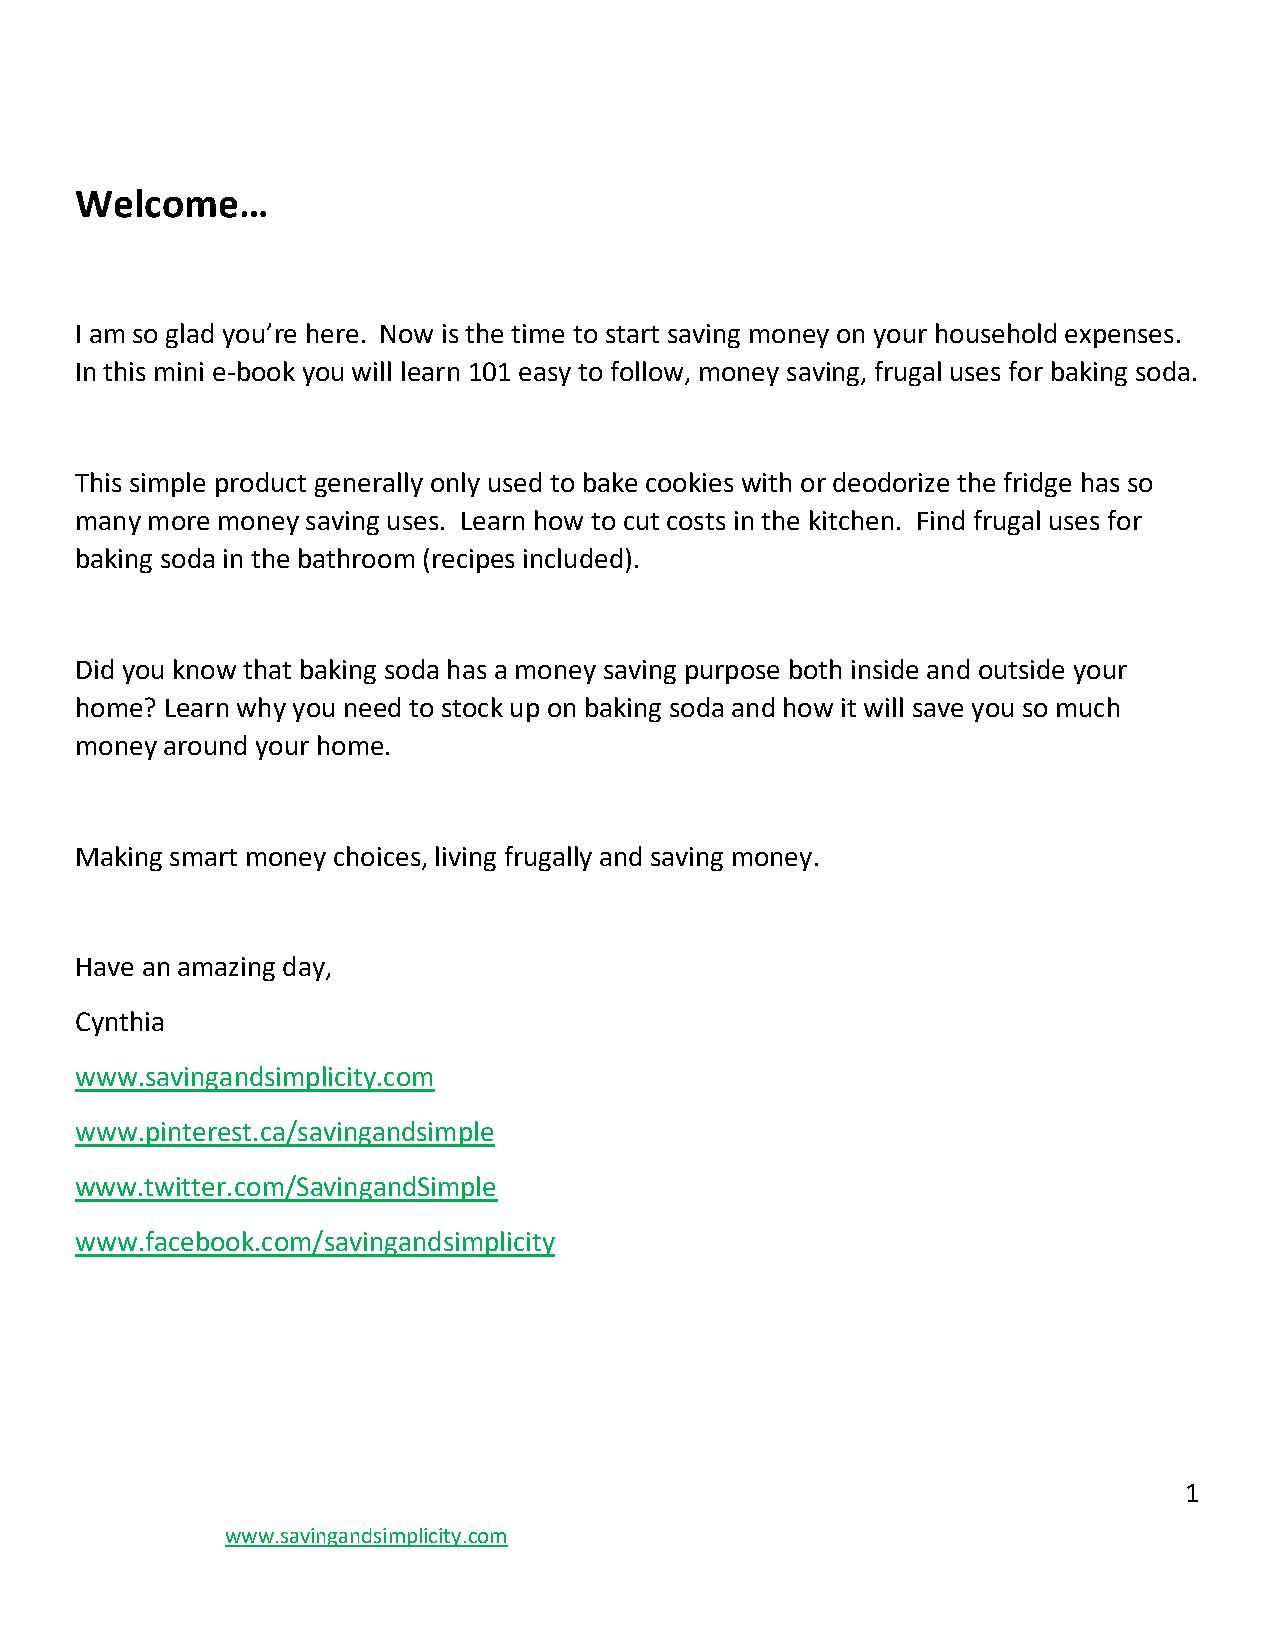
Welcome…
 I am so glad you’re here. Now is the time to start saving money on your household expenses.
 In this mini e-book you will learn 101 easy to follow, money saving, frugal uses for baking soda.
 This simple product generally only used to bake cookies with or deodorize the fridge has so
 many more money saving uses. Learn how to cut costs in the kitchen. Find frugal uses for
 baking soda in the bathroom (recipes included).
 Did you know that baking soda has a money saving purpose both inside and outside your
 home? Learn why you need to stock up on baking soda and how it will save you so much
 money around your home.
 Making smart money choices, living frugally and saving money.
 Have an amazing day,
 Cynthia
 www.savingandsimplicity.com
 www.pinterest.ca/savingandsimple
 www.twitter.com/SavingandSimple
 www.facebook.com/savingandsimplicity
 1
 www.savingandsimplicity.com